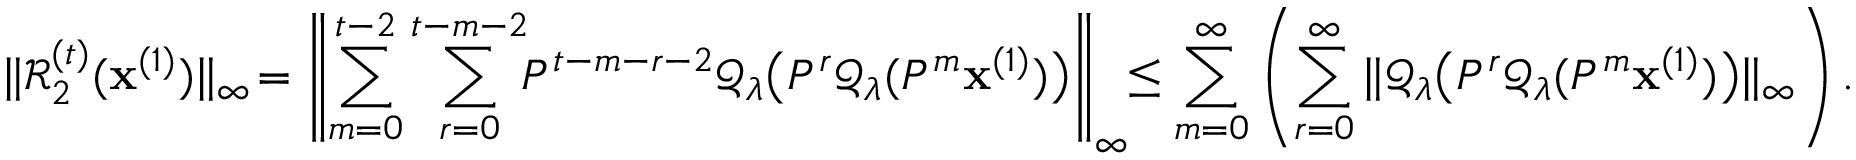
\| \mathcal { R } _ { 2 } ^ { ( t ) } ( \mathbf { x } ^ { ( 1 ) } ) \| _ { \infty } \! = \left\| \sum _ { m = 0 } ^ { t - 2 } \sum _ { r = 0 } ^ { t - m - 2 } \! \! P ^ { t - m - r - 2 } \mathcal { Q } _ { \lambda } \big ( P ^ { r } \mathcal { Q } _ { \lambda } ( P ^ { m } \mathbf { x } ^ { ( 1 ) } ) \big ) \right\| _ { \infty } \! \! \leq \sum _ { m = 0 } ^ { \infty } \left( \sum _ { r = 0 } ^ { \infty } \| \mathcal { Q } _ { \lambda } \big ( P ^ { r } \mathcal { Q } _ { \lambda } ( P ^ { m } \mathbf { x } ^ { ( 1 ) } ) \big ) \| _ { \infty } \right) .